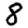
Digit: 8